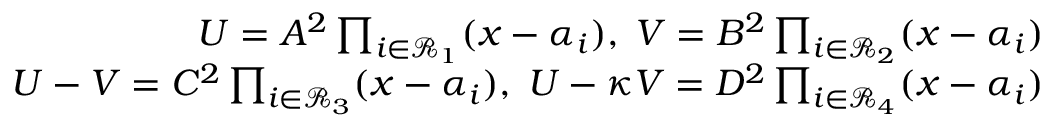
\begin{array} { r } { U = A ^ { 2 } \prod _ { i \in \mathcal { R } _ { 1 } } ( x - \alpha _ { i } ) , \; V = B ^ { 2 } \prod _ { i \in \mathcal { R } _ { 2 } } ( x - \alpha _ { i } ) } \\ { U - V = C ^ { 2 } \prod _ { i \in \mathcal { R } _ { 3 } } ( x - \alpha _ { i } ) , \; U - \kappa V = D ^ { 2 } \prod _ { i \in \mathcal { R } _ { 4 } } ( x - \alpha _ { i } ) } \end{array}